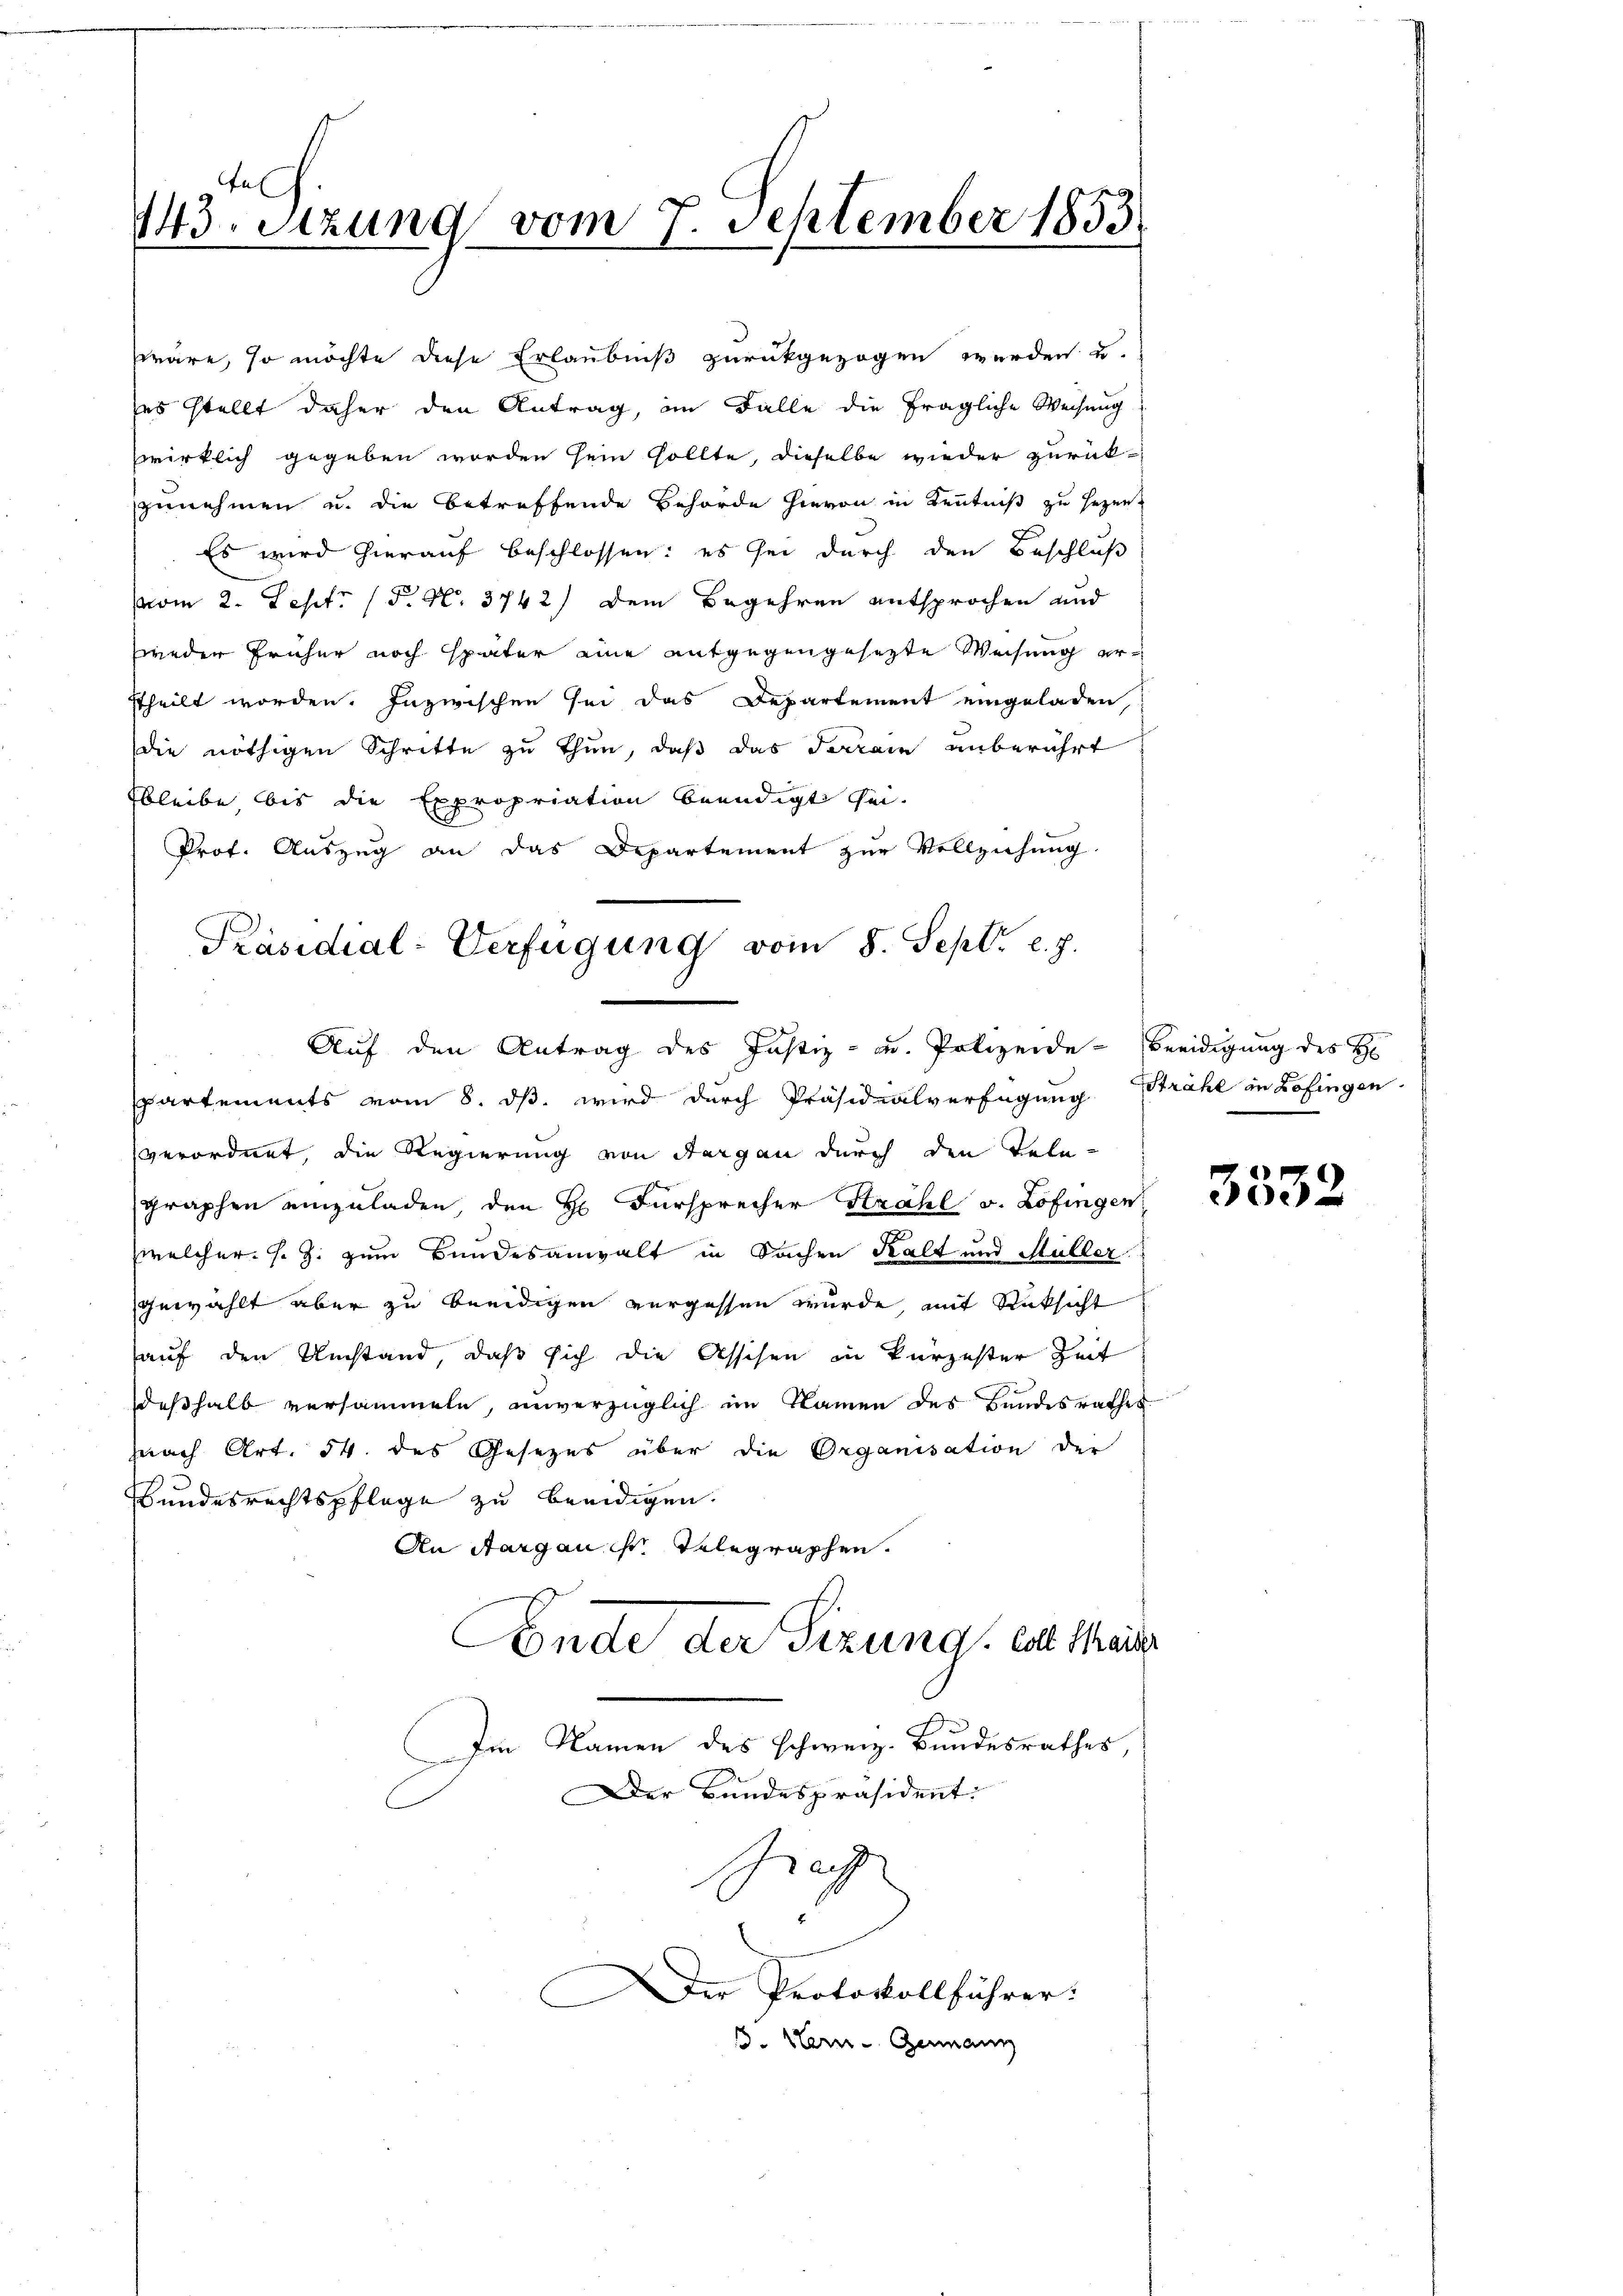
al
143. Sitzung vom 7. September 1853.

wäre, so möchte diese Erlaubniß zurückgezogen werden u.
ses stellt daher den Antrag, im Falle die fragliche Weisung
wirklich gegeben worden sein sollte, dieselbe wieder zurück-
zunehmen u. die betreffende Behörde hievon in Kenntniß zu sezen,
Es wird hierauf beschlossen: es sei durch den Beschluß
vom 2. Sept. (P N. 3742) Dem Begehren entsprochen und
weder früher noch später eine entgegengesetzte Weisung erttheilt worden. Inzwischen sei das Departement eingeladen
die nöthigen Schritte zu thun, daβ das Terrain unberührt
bleibe, bis die Expropriation beendigt sei.
h
Prof. Auszug an das Departement zur Vollziehung
partements vom 8. ds. wird durch Präsidialverfügung
verordnet, die Regierung von Steigen durch den Telegraphen einzuladen den H. Fürsprecher Strahl v. Zofingen
welcher. s. Z. zum Bundesanwalt in Sachen Kalt und Müller
gewählt aber zu beeidigen vergessen wurde mit Rücksicht
auf den Umstand, daß sich die Assisen in kurzester Zeit
deßhalb versammeln, unverzüglich im Namen des Bundesrathes
fnach Art. 54. des Gesezes über die Organisation der
Bundesrechtspflege zu beeidigen.
An Aargau ihr Telegraphen.
Ende der Sizung, est Meis

Präsidial-Verfügung vom 8. Sept. l. J.
Auf den Antrag des Justiz- u. Polizeide-Beeidigung des H

Im Namen des schweiz. Bundesrathes,
Der Bundespräsident:
Pracht
Die Protokollführer:
3. Hern Germann

Strahl in Zofingen.

3532